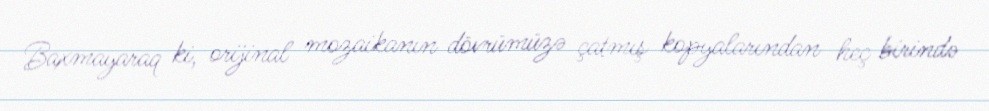
Baxmayaraq ki, orijinal mozaikanın dövrümüzə çatmış kopyalarından heç birində